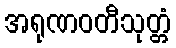
အရုဏဝတီသုတ္တံ